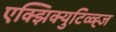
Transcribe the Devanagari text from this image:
एक्झिक्युटिव्व्ह्ज